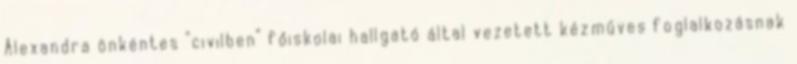
Alexandra önkéntes “civilben” főiskolai hallgató által vezetett kézműves foglalkozásnak